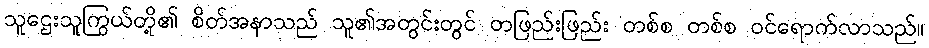
သူဌေးသူကြွယ်တို့၏ စိတ်အနာသည် သူ၏အတွင်းတွင် တဖြည်းဖြည်း တစ်စ တစ်စ ဝင်ရောက်လာသည်။